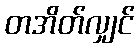
တအိတ်လျှင်